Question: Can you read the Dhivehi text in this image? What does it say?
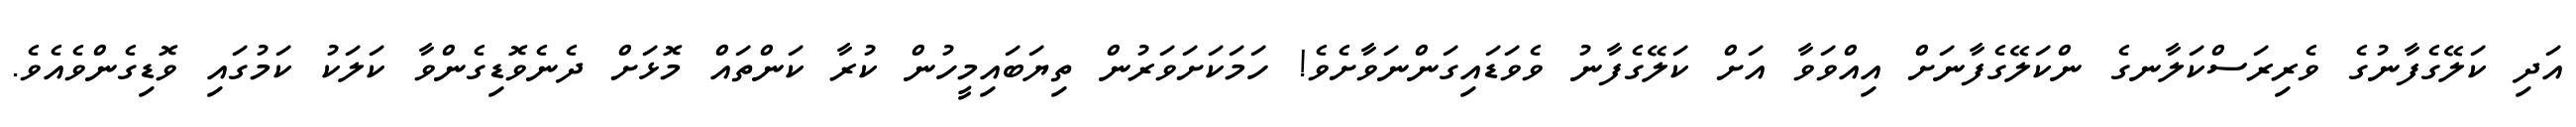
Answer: އަދި ކަލޭގެފާނުގެ ވެރިރަސްކަލާނގެ ންކަލޭގެފާނަށް އިއްވަވާ އަށް ކަލޭގެފާނު ވެވަޑައިގަންނަވާށެވެ! ހަމަކަށަވަރުން ތިޔަބައިމީހުން ކުރާ ކަންތައް މޮޅަށް ދެނެވޮޑިގެންވާ ކަލަކު ކަމުގައި ވޮޑިގެންވެއެވެ.